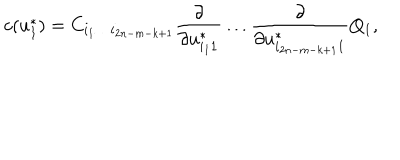
LaTeX: c ( u _ { 1 } ^ { * } ) = C _ { i _ { 1 } \ldots i _ { 2 n - m - k + 1 } } { \frac { \partial } { \partial u _ { i _ { 1 } 1 } ^ { * } } } \ldots { \frac { \partial } { \partial u _ { i _ { 2 n - m - k + 1 } 1 } ^ { * } } } Q _ { 1 } ,